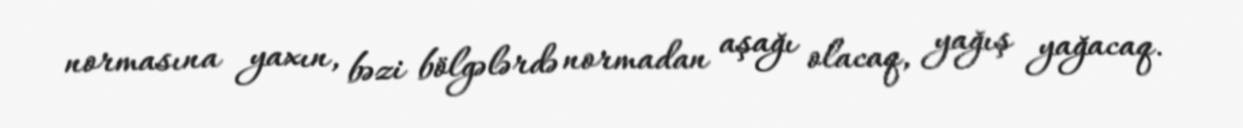
normasına yaxın, bəzi bölgələrdə normadan aşağı olacaq, yağış yağacaq.